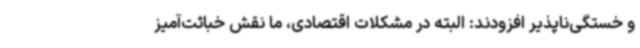
و خستگی‌ناپذیر افزودند: البته در مشکلات اقتصادی، ما نقش خباثت‌آمیز